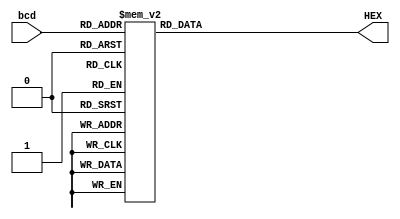
module bcd2ssd(
 bcd,
 HEX
);
 
 input [3:0] bcd;
 output reg [6:0] HEX;
 
 always @ (bcd) begin
 case (bcd)
 
 0: HEX = 7'b1000000;
 1: HEX = 7'b1111001;
 2: HEX = 7'b0100100;
 3: HEX = 7'b0110000;
 4: HEX = 7'b0011001;
 5: HEX = 7'b0010010;
 6: HEX = 7'b0000010;
 7: HEX = 7'b1111000;
 8: HEX = 7'b0000000;
 9: HEX = 7'b0010000;
 10: HEX = 7'b0000110;
 11: HEX = 7'b0000110;
 12: HEX = 7'b0000110;
 13: HEX = 7'b0000110;
 14: HEX = 7'b0000110;
 15: HEX = 7'b0000110;
 default: HEX = 7'b0000110;
 endcase
 end
endmodule